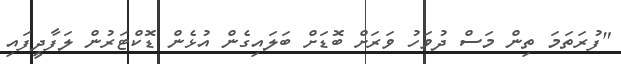
"ފުރަތަމަ ތިން މަސް ދުވަހު ވަރަށް ބޮޑަށް ބަލައިގެން އުޅެން ޑޮކްޓަރުން ލަފާދީފައި